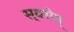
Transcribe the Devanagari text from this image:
स्वरोम्